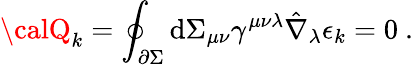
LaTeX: {\calQ}_{k}=\oint_{\partial\Sigma}\mathrm{d}\Sigma_{\mu\nu}\gamma^{\mu\nu\lambda}\hat{{\nabla}}_{\lambda}\epsilon_{k}=0\ .